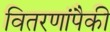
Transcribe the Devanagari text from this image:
वितरणांपैकी